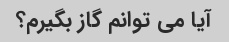
آیا می توانم گاز بگیرم؟